Riigikantselei, lk 38
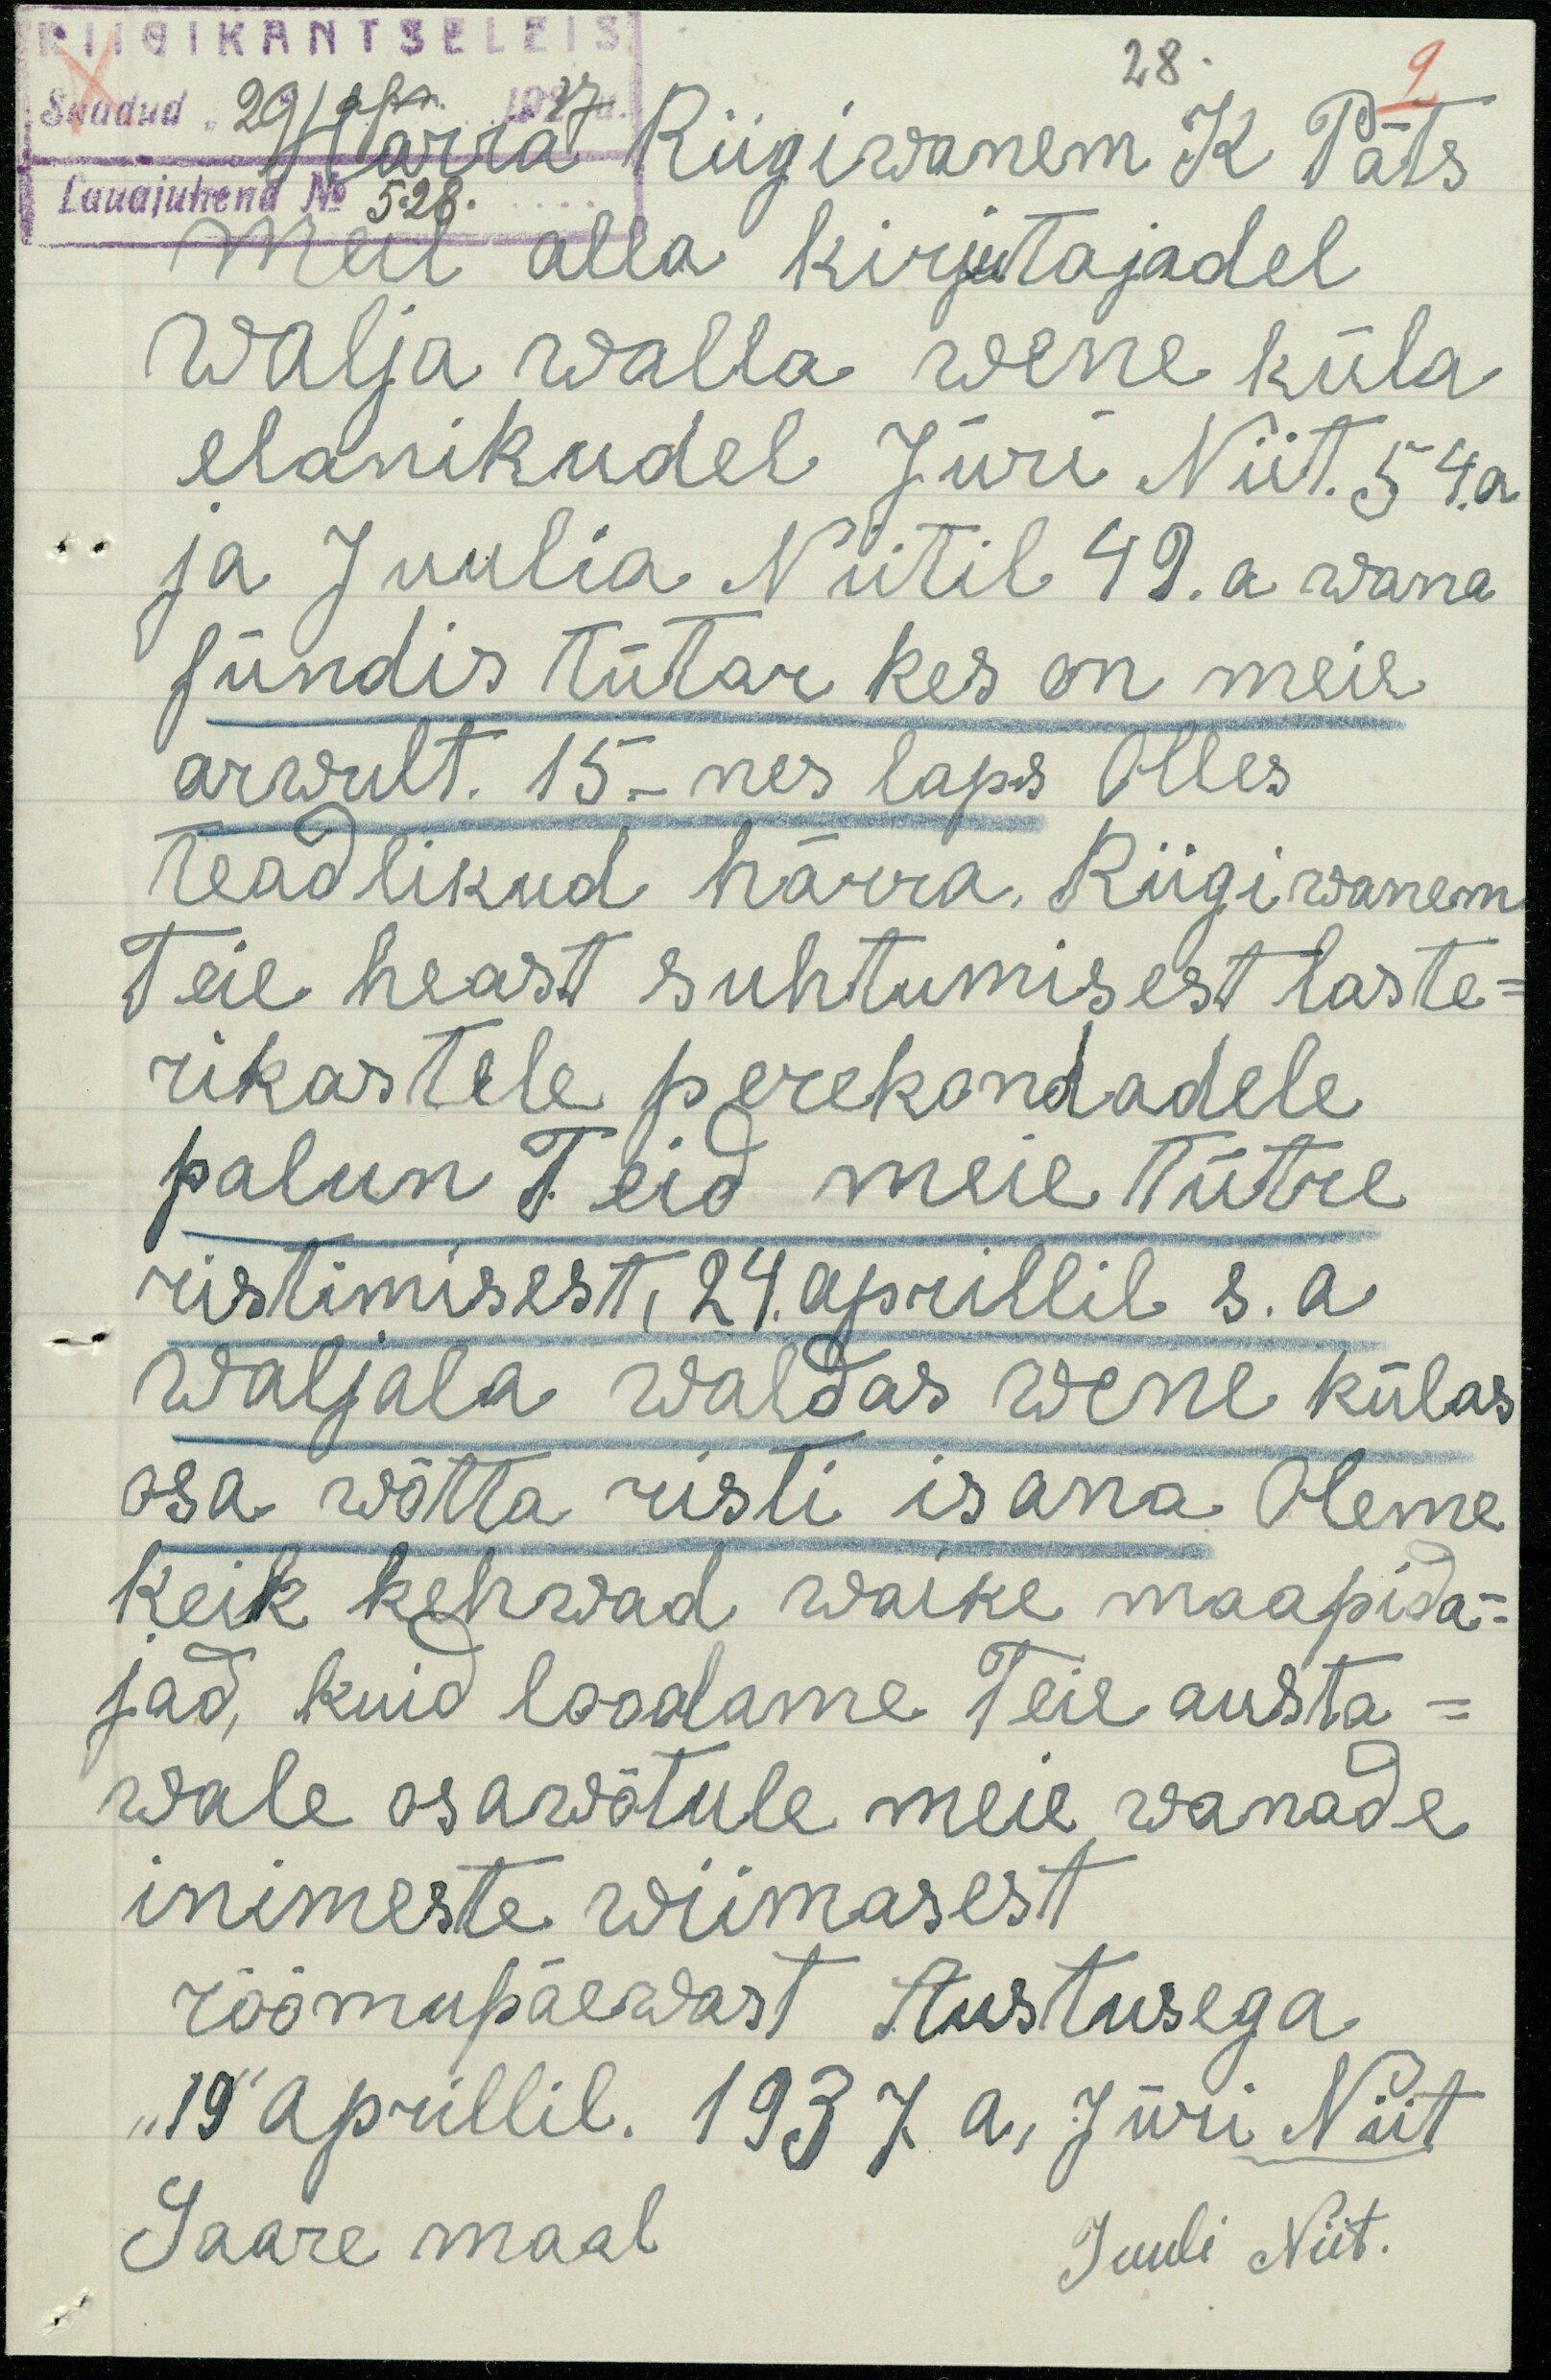
RIIGIKANTSELEIS
Saadud "29" apr. 1937a.
Härra Riigivanem K Päts
Lauajuhend No 528.
Meil alla kirjutajadel
Walja walla wene küla
elanikudel Jüri Niit. 54a.
ja Juulia Niitil 49. a. wana
sündis tütar kes on meie
arwult. 15.- mes laps Olles
teadlikud härra, Riigiwanem
Teie heast suhtumisest laste-
rikastele perekondadele
palun Teid meie Tütre
ristimisest, 24. aprillil s.a.
Waljala waldas wene külas
osa wõtta risti isana. Oleme
keik kehvad wäike maapida-
jad, kuid loodame teie austa-
wale osarwõtule meie wanade
inimeste wiimasest
rõõmupäewast Austusega
"19" aprillil. 1937 a. Jüri Niit
Saare maal
Juuli Niit.